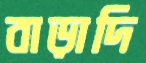
বাড়াদি